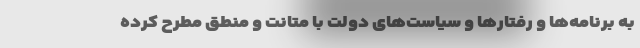
به برنامه‌ها و رفتارها و سیاست‌های دولت با متانت و منطق مطرح کرده